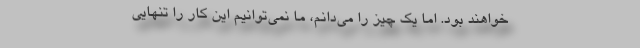
خواهند بود. اما یک چیز را می‌دانم، ما نمی‌توانیم این کار را تنهایی